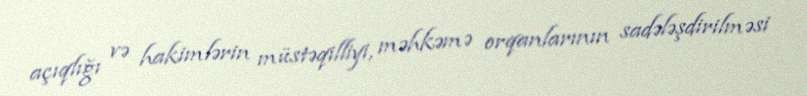
açıqlığı və hakimlərin müstəqilliyi, məhkəmə orqanlarının sadələşdirilməsi